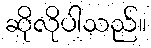
ဆိုလိုပါသည်။